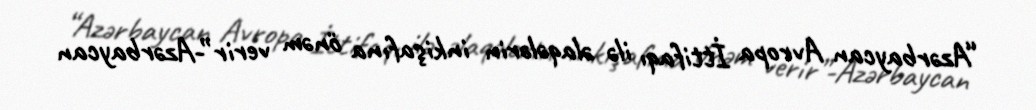
“Azərbaycan Avropa İttifaqı ilə əlaqələrin inkişafına önəm verir”-Azərbaycan